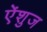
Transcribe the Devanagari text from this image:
ऐंशुज